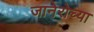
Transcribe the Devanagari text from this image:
जानेरोच्या